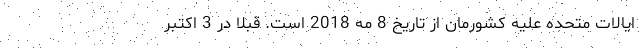
ایالات متحده علیه کشورمان از تاریخ 8 مه 2018 است. قبلا در 3 اکتبر